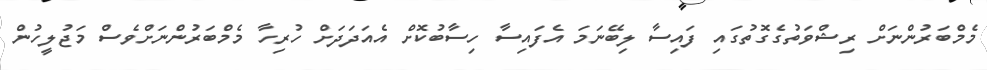
މެމްބަރުންނަށް ރިޝްވަތުގެގޮތުގައި ފައިސާ ލިބޭނަމަ އެފައިސާ ހިސާބުކޮށް އެއަދަދަށް ހުރިހާ މެމްބަރުންނަށްވެސް މަޖުލީހުން